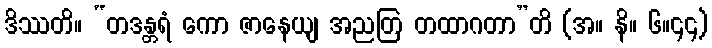
ဒိဿတိ။ “တဒန္တရံ ကော ဇာနေယျ အညတြ တထာဂတာ”တိ (အ။ နိ။ ၆။၄၄)